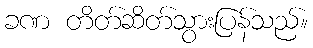
ခဏ တိတ်ဆိတ်သွားပြန်သည်။